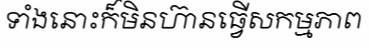
ទាំងនោះក៏មិនហ៊ានធ្វើសកម្មភាព